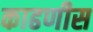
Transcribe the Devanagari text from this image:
काढणीस